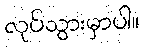
လုပ်သွားမှာပါ။